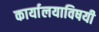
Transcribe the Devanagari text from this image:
कार्यालयाविषयी